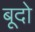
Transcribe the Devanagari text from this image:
बूदो